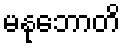
မနုဘောတိ